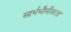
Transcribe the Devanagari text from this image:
सार्भभौमीकता